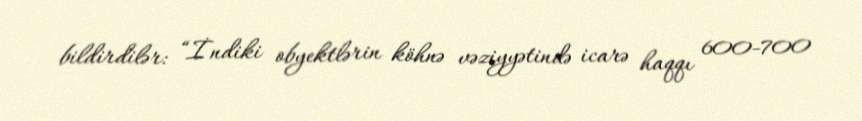
bildirdilər: “İndiki obyektlərin köhnə vəziyyətində icarə haqqı 600-700